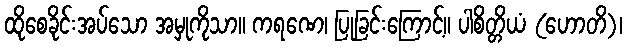
ထိုစေခိုင်းအပ်သော အမှုကိုသာ။ ကရဏေ၊ ပြုခြင်းကြောင့်။ ပါစိတ္တိယံ (ဟောတိ)၊